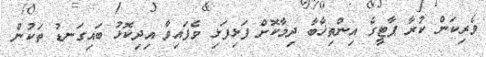
ވެރިކަން ކުރާ ޕާޓީގެ އިންތިޚާބާ ދިމާކޮށް ފަޅިފަޅި ވެފައިވާ އިދިކޮޅު ބައިގަނޑު ތަކުން